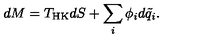
d M = T _ { \mathrm { H K } } d S + \sum _ { i } \phi _ { i } d \tilde { q } _ { i } .